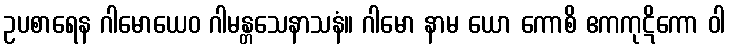
ဥပစာရေန ဂါမောယေဝ ဂါမန္တသေနာသနံ။ ဂါမော နာမ ယော ကောစိ ဧကကုဋိကော ဝါ